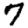
Digit: 7